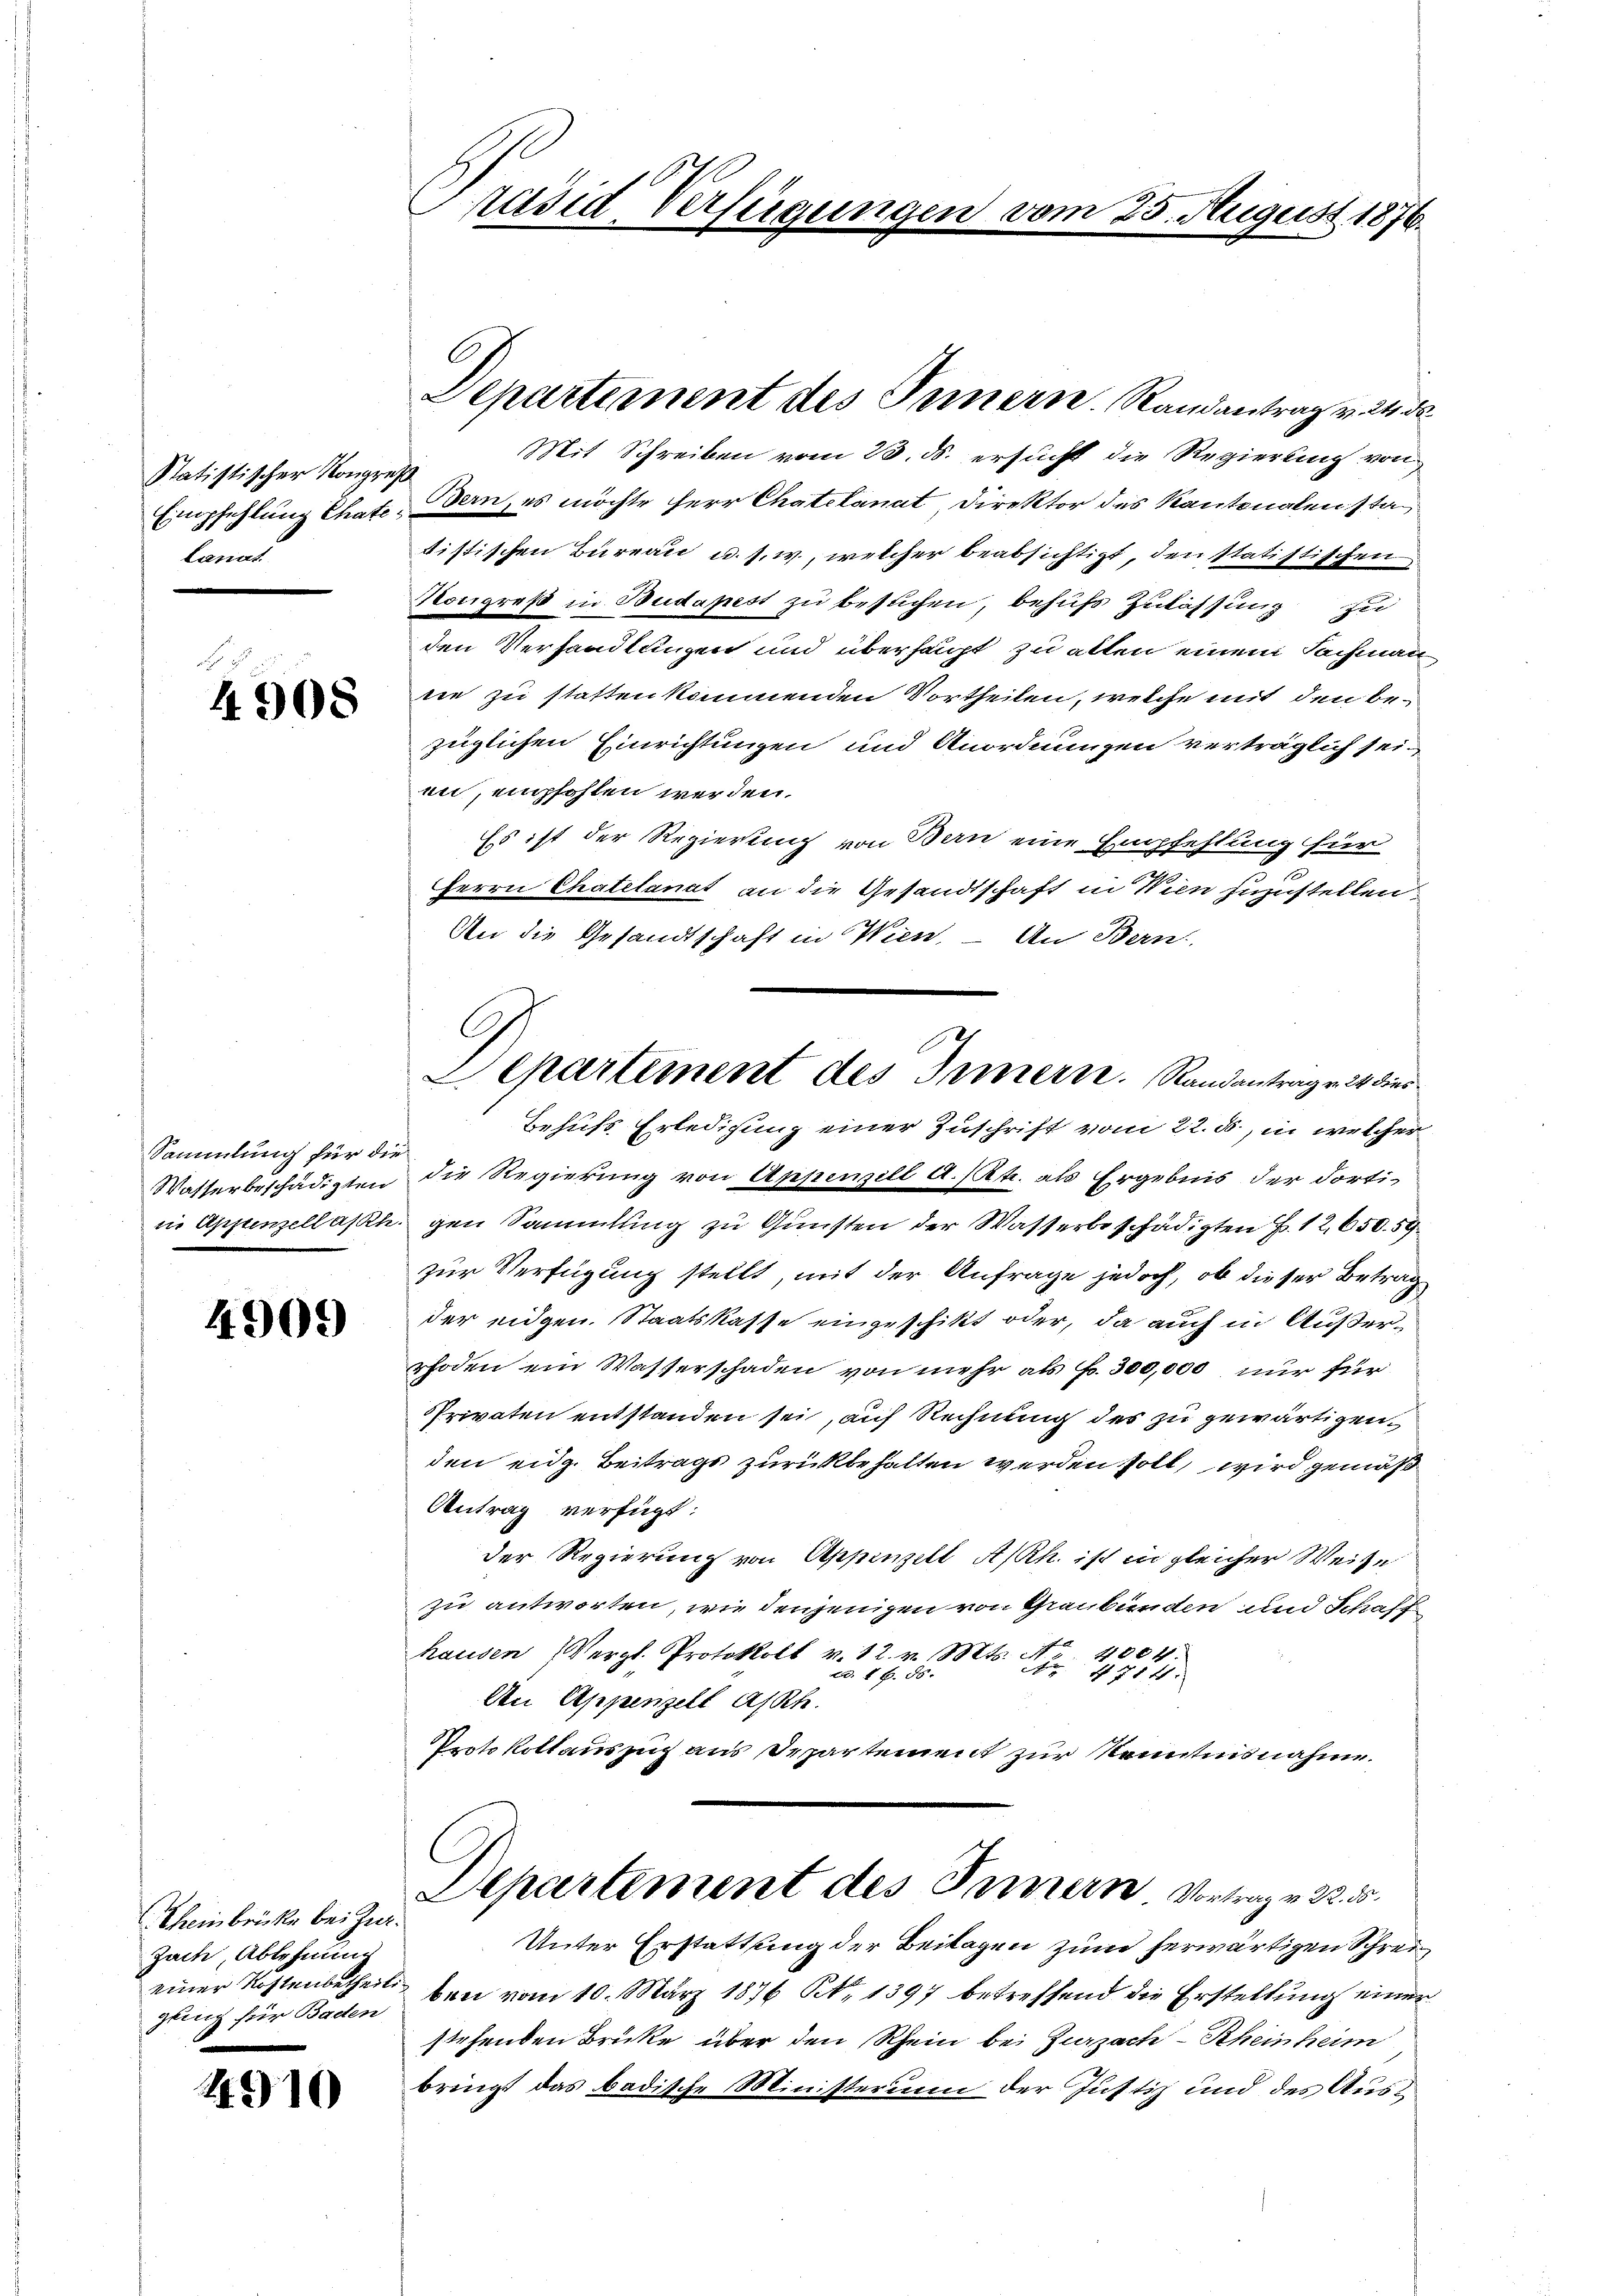
Statistischer Kongre
Empfehlung Chate
Lanat

4908

Sammlung für die
Wasser beschädigten
in Appenzellasth

4909)

(Rheinbrücke bei Jur.
Zach, Ablehnung
einer Kostenbetheil.
gling für Baden

4910

räsid Verfügungen vom 25. August 1876.

Departement des Innern. Randantrag v. 24 d

Mit Schreiben vom 23. ds. ersucht die Regierung von
Bern, es möchte Herr Chatelanat Direktor des Kantonalen stan
tistischen Bureau u. s. w., welcher beabsichtigt, den Statistischen
Kongreß in Budapest zu besuchen, behufs Zulassung zu
den Verhandlungen und überhaupt zu alten einem Sachmann
nie zu statten kommenden Vortheilen, welche mit den bezüglichen Einrichtungen und Anordnungen verträglich seien, empfohlen werden.
Es ist der Regierung von Bern eine Empfehlung für
¬
Herrn Chatelanat an die Gesandtschaft in Wien zuzustellen.
An die Gesandtschaft in Wien, – An Bern
Behufs Erledigung einer Zuschrift vom 22. ds., in welcher
die Regierung von Appewill a. 12 t. als Ergebnis der dortigen Sammlung zu Gunsten der Wasserbeschädigten Z. 12,650. 59
zur Verfügung stellt mit der Anfrage jedoch, ob dieser Betrag
der eidgen. Staatskasse eingeschikt oder, da auch in Außerrhoden ein Wasserschaden von mehr als Fr. 300,000 nur für
Privaten entstanden sei, auf Rechnung des zu gewärtigen,
den eidg. Beitrags zurückbehalten werden soll, wird gemäß
Antrag verfügt:
der Regierung von Appenzell A/Rh. ist in gleicher Weise
zu antworten, wie denjenigen von Graubünden und Schaff
hausen (Vergl. Protokoll v. 12. v. Mts. M.
t 1804.
Ao 1714.
ad. 16. ds.
An Appenzell A/Rh.
Protokollauszug aus Departement zur Kenntnisnahme.
Departement des Innern Vortrage 325.
Unter Erstattung der Beilagen zum herwärtigen Schreiben vom 10. März 1876 S. 1397 betreffend die Erstellung einer
stehenden Brüke über den Rhein bei Zurzache Rheinheim
bringt das badische Ministerium der Justiz und des Aus¬

C
Lepartement des Innern. Randantrag. 24 dies